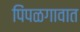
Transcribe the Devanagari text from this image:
पिंपळगावात